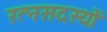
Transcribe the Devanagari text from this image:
रत्नसदस्यों